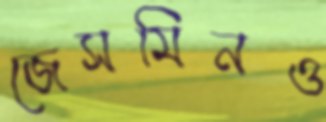
জেসমিনও